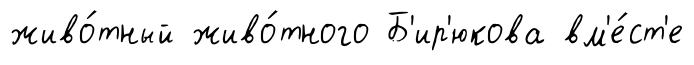
живо́тный живо́тного Б'ир'юкова вм'е́ст'е